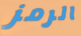
الرمز